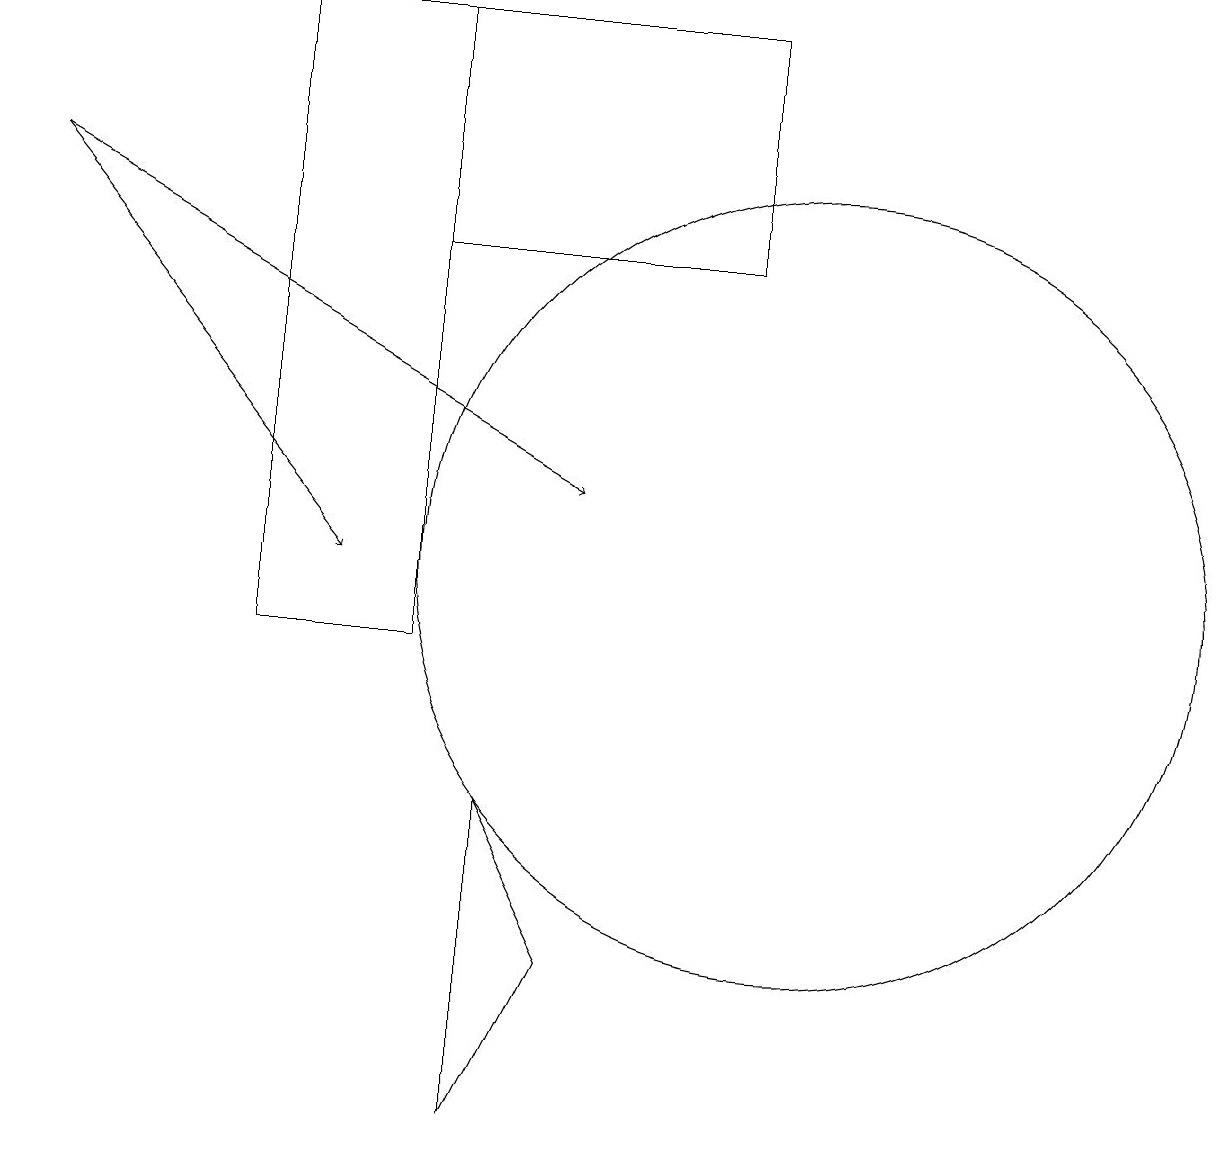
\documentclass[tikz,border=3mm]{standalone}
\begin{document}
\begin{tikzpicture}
\draw (10,12) circle (5);
\draw[->] (0,17) -- (4,12);
\draw (5,19) rectangle (3,11);
\draw (7,7) -- (6,5) -- (6,9) -- cycle;
\draw (10,11) circle (0);
\draw (9,19) rectangle (5,16);
\draw[->] (0,17) -- (7,13);
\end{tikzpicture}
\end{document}